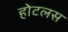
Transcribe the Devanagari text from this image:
होटलस